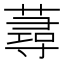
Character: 蕁